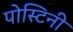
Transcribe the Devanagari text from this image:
पोस्टिनी